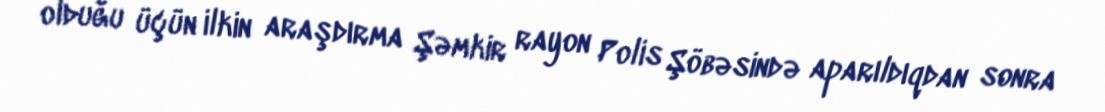
olduğu üçün ilkin araşdırma Şəmkir rayon Polis Şöbəsində aparıldıqdan sonra